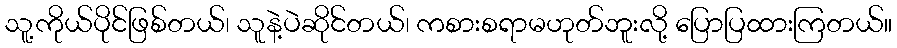
သူ့ကိုယ်ပိုင်ဖြစ်တယ်၊ သူနဲ့ပဲဆိုင်တယ်၊ ကစားစရာမဟုတ်ဘူးလို့ ပြောပြထားကြတယ်။